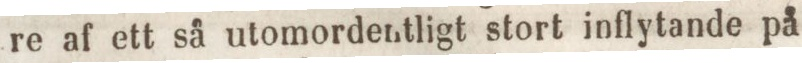
re af ett så utomordentligt stort inflytande på